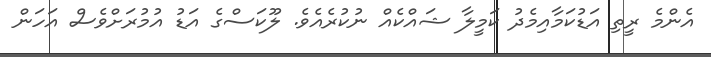
އެންމެ ރީތި އަޑުކަމާއިމެދު ކަމީލާ ޝައްކެއް ނުކުރެއެވެ. ލޫކަސްގެ އަޑު އުމުރަށްވެސް އަހަން